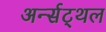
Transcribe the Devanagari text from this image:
अर्न्सट्थल